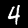
Digit: 4